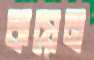
কয়েন